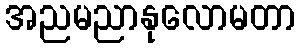
အညမညာနုလောမတာ